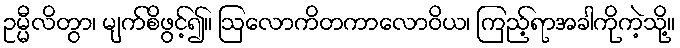
ဥမ္မီလိတွာ၊ မျက်စိဖွင့်၍။ ဩလောကိတကာလောဝိယ၊ ကြည့်ရာအခါကိုကဲ့သို့။